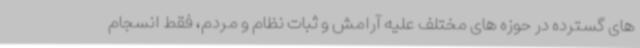
های گسترده در حوزه های مختلف علیه آرامش و ثبات نظام و مردم، فقط انسجام